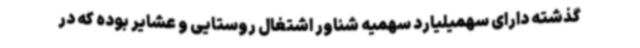
گذشته دارای سهمیلیارد سهمیه شناور اشتغال روستایی و عشایر بوده که در